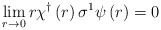
\begin{align*}\lim_{r\rightarrow 0}r\chi ^{\dagger }\left( r\right) \sigma ^{1}\psi \left(r\right) =0 \end{align*}